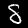
Digit: 8